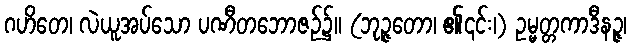
ဂဟိတေ၊ လဲယူအပ်သော ပဏီတဘောဇဉ်၌။ (ဘုဉ္ဇတော၊ ၏၎င်း၊) ဥမ္မတ္တကာဒီနဉ္ဇ၊